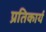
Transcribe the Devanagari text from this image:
प्रतिकार्य